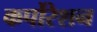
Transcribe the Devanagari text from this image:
कर्पोरेशन